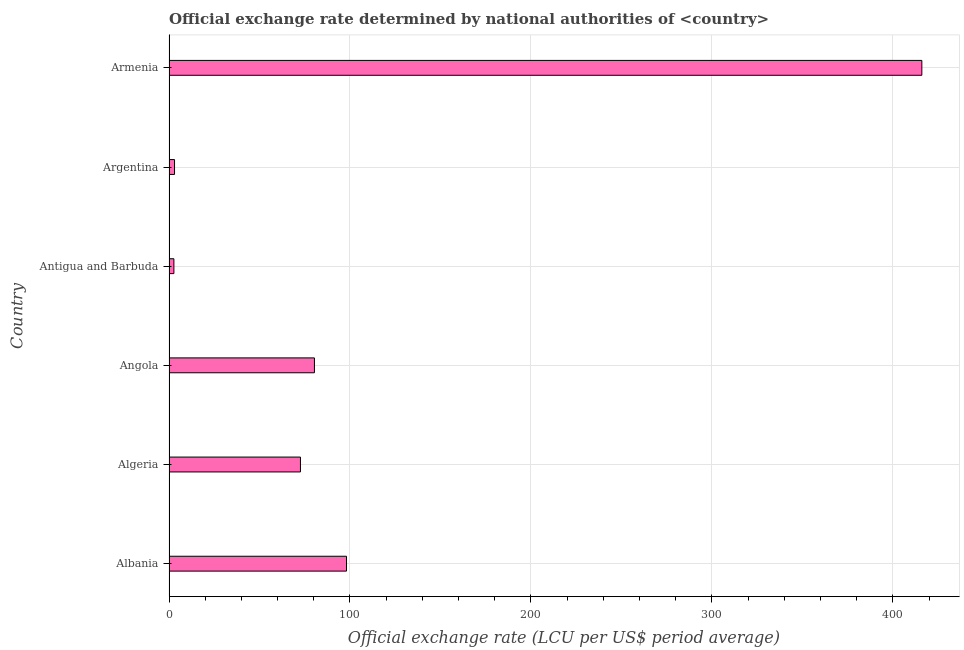
| Country | Official exchange rate |
 | --- | --- |
 | Albania | 98.1 |
 | Algeria | 72.6 |
 | Angola | 80.4 |
 | Antigua and Barbuda | 2.7 |
 | Argentina | 3.05 |
 | Armenia | 416 |